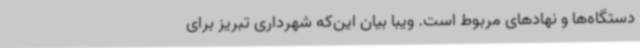
دستگاه‌ها و نهادهای مربوط است. ویبا بیان این‌که شهرداری تبریز برای